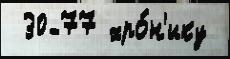
 30-77 хро́н'ику